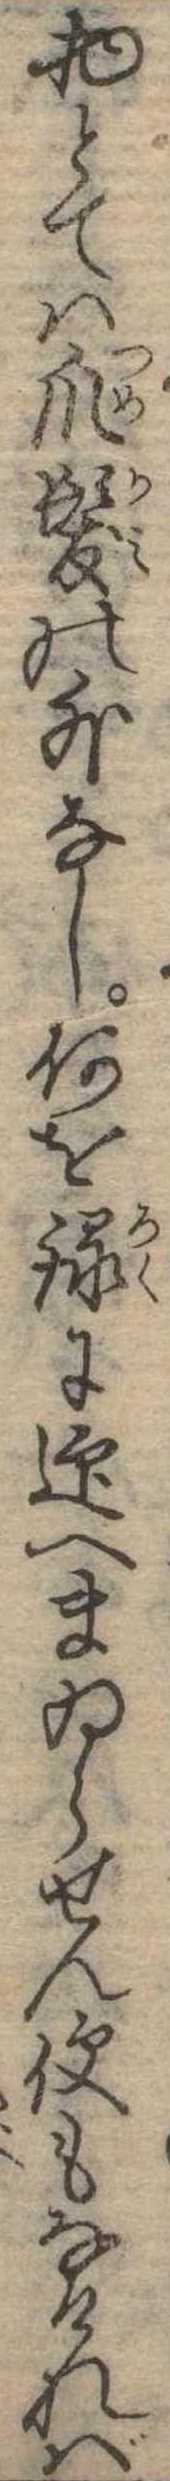
物とては爪髪の外なし何を録に迎へまゐらせん便もなければ